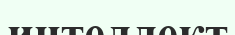
интеллект